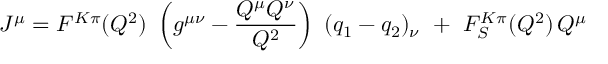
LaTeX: J ^ { \mu } = F ^ { K \pi } ( Q ^ { 2 } ) \, \, \left( g ^ { \mu \nu } - \frac { Q ^ { \mu } Q ^ { \nu } } { Q ^ { 2 } } \right) \, \, ( q _ { 1 } - q _ { 2 } ) _ { \nu } \, \, + \, \, F _ { S } ^ { K \pi } ( Q ^ { 2 } ) \, Q ^ { \mu }